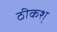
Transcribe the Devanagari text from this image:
ठीकश्